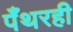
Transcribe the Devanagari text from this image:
पँथरही